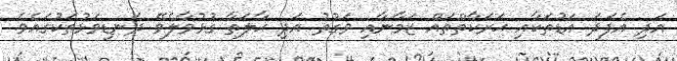
އަދި އެފަދަ އަޑުތަކާއި ޙަރަކާތްތައް ޒަމާނާއި ވަގުތު އަދި ޙާލަތާ ގުޅުވާލެވޭ ދަނޑިވަޅުތަކުގައެވެ.